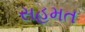
સહમત